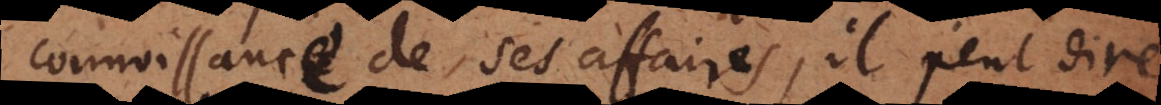
connoissance de ses affaires, il peut dire